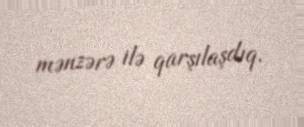
mənzərə ilə qarşılaşdıq.